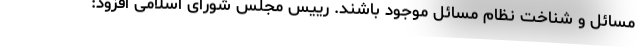
مسائل و شناخت نظام مسائل موجود باشند. رییس مجلس شورای اسلامی افزود: